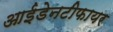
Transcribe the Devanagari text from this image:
आईडेनटीफायर